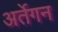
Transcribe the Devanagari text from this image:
अर्तेगन